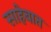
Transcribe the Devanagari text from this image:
साहेबात